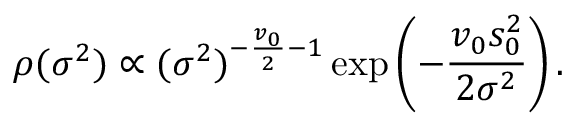
\rho ( \sigma ^ { 2 } ) \propto ( \sigma ^ { 2 } ) ^ { - { \frac { v _ { 0 } } { 2 } } - 1 } \exp \left( - { \frac { v _ { 0 } s _ { 0 } ^ { 2 } } { 2 \sigma ^ { 2 } } } \right) .